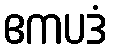
ဧကပဒံ